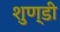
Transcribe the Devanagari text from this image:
शुण्डी